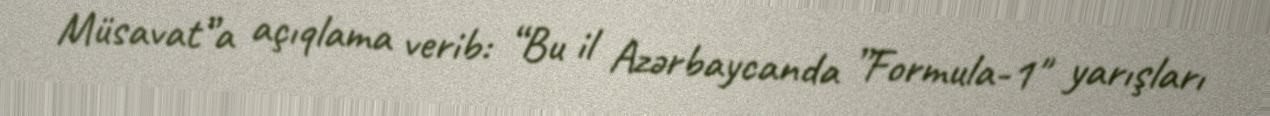
Müsavat”a açıqlama verib: “Bu il Azərbaycanda ”Formula-1" yarışları